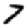
Digit: 7